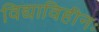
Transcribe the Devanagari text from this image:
विद्याविहीनः